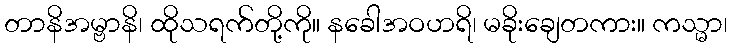
တာနိအမ္ဗာနိ၊ ထိုသရက်တို့ကို။ နခေါအဝဟရိ၊ မခိုးချေတကား။ ကသ္မာ၊